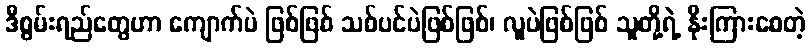
ဒီစွမ်းရည်တွေဟာ ကျောက်ပဲ ဖြစ်ဖြစ် သစ်ပင်ပဲဖြစ်ဖြစ်၊ လူပဲဖြစ်ဖြစ် သူတို့ရဲ့ နိုးကြားစေတဲ့